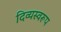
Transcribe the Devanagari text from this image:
दिव्यस्वरूप